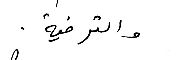
والترفية.